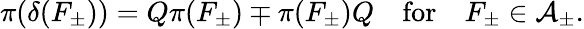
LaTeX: \pi(\delta(F_{\pm}))=Q\pi(F_{\pm})\mp\pi(F_{\pm})Q\quad\mathrm{for}\quad F_{\pm}\in{\cal A}_{\pm}.